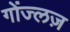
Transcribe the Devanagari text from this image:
गोंज्लज़